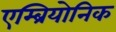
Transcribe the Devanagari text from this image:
एम्ब्रियोनिक